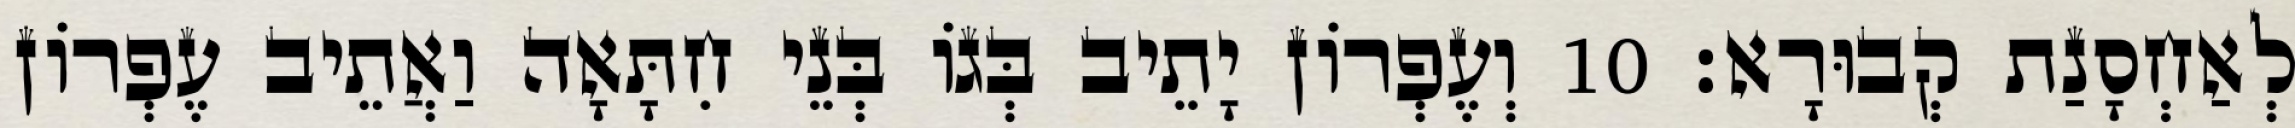
לְאַחְסָנַת קְבוּרָא׃ 10 וְעֶפְרוֹן יָתֵיב בְּגוֹ בְּנֵי חִתָּאָה וַאֲתֵיב עֶפְרוֹן